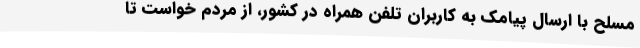
مسلح با ارسال پیامک به کاربران تلفن همراه در کشور، از مردم خواست تا